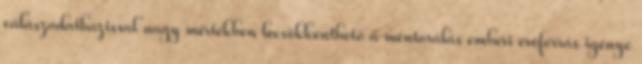
válaszadatbázissal nagy mértékben lecsökkenthető a mentorálás emberi erőforrás igénye